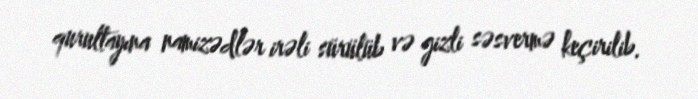
qurultayına namizədlər irəli sürülüb və gizli səsvermə keçirilib.